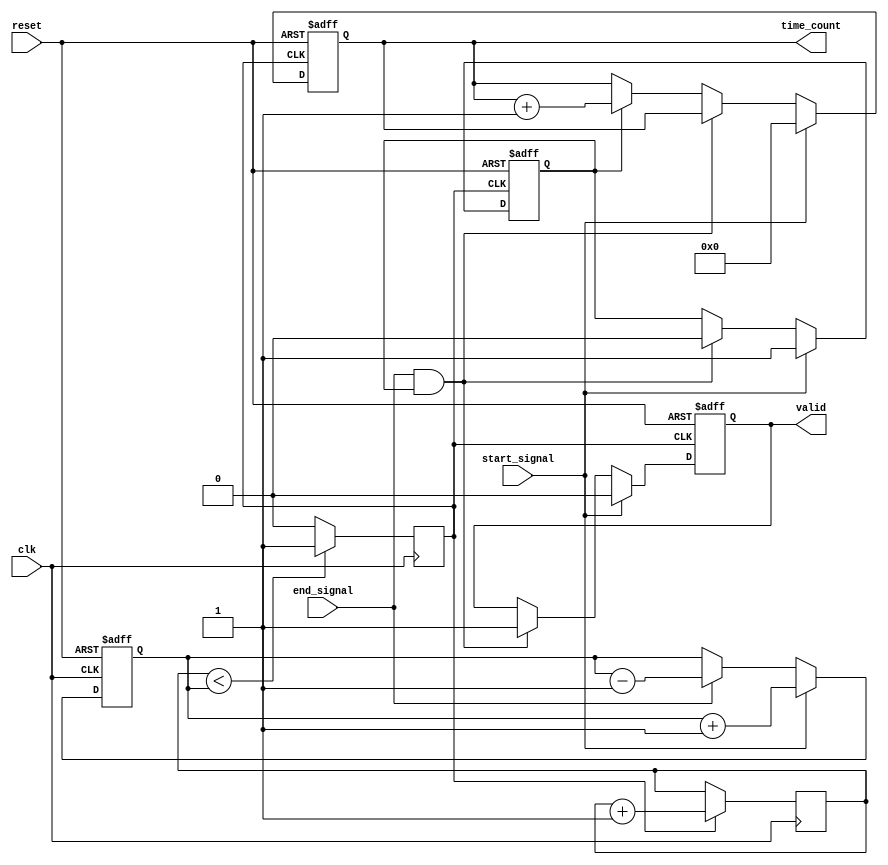
module TDC (
    input wire clk,               // System clock
    input wire reset,             // Asynchronous reset
    input wire start_signal,      // Start event signal
    input wire end_signal,        // End event signal
    output reg [15:0] time_count, // Output time interval in clock cycles
    output reg valid              // Output valid flag
);

    // PLL components
    reg vco_clk;                  // VCO output clock
    reg [15:0] counter;           // Digital counter
    reg [15:0] vco_frequency;     // VCO frequency control (for simulation purposes)

    // Phase Detector (PD) - Simple implementation
    always @(posedge clk or posedge reset) begin
        if (reset) begin
            vco_frequency <= 16'd1000; // Set initial VCO frequency
        end else begin
            // Phase detection logic (simplified)
            // Adjust VCO frequency based on the phase difference
            // Here we assume a simple model where frequency is adjusted
            // based on the start and end signals
            if (start_signal) begin
                vco_frequency <= vco_frequency + 16'd1; // Increase frequency
            end else if (end_signal) begin
                vco_frequency <= vco_frequency - 16'd1; // Decrease frequency
            end
        end
    end

    // VCO - Generate high-frequency clock based on VCO frequency
    always @(posedge clk) begin
        vco_clk <= (counter < vco_frequency) ? 1'b1 : 1'b0; // Simple VCO simulation
        if (vco_clk) begin
            counter <= counter + 1;
        end
    end

    // Digital Counter for timing measurement
    reg counting; // State to indicate if counting is active

    always @(posedge vco_clk or posedge reset) begin
        if (reset) begin
            time_count <= 16'd0;
            counting <= 1'b0;
            valid <= 1'b0;
        end else if (start_signal) begin
            time_count <= 16'd0; // Reset counter on start signal
            counting <= 1'b1;     // Start counting
            valid <= 1'b0;        // Invalidate output
        end else if (end_signal && counting) begin
            counting <= 1'b0;     // Stop counting
            valid <= 1'b1;        // Set output valid
        end else if (counting) begin
            time_count <= time_count + 1; // Increment time count
        end
    end

endmodule